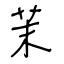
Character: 茉